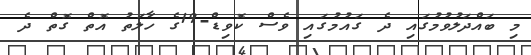
މި ބައްދަލުވުމުގައި ދެ ގައުމުގައި ވެސް ކޮވިޑް-19ގެ ހާލަތު އޮތް ގޮތް ދެ